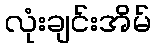
လုံးချင်းအိမ်